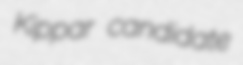
Kippar candidate